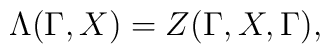
\Lambda (\Gamma ,X)=Z(\Gamma ,X,\Gamma ),